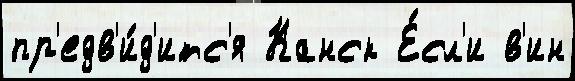
пр'едв'и́д'итс'я Канск Е́сл'и в'ин